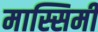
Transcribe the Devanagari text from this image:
मास्सिमी